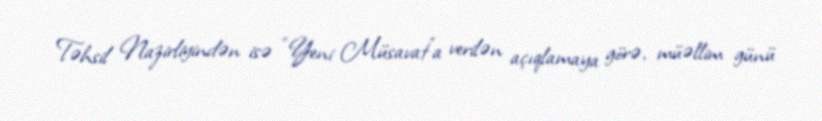
Təhsil Nazirliyindən isə “Yeni Müsavat”a verilən açıqlamaya görə, müəllim günü